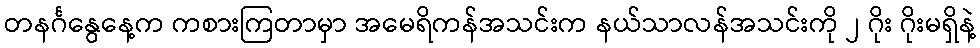
တနင်္ဂနွေနေ့က ကစားကြတာမှာ အမေရိကန်အသင်းက နယ်သာလန်အသင်းကို ၂ ဂိုး ဂိုးမရှိနဲ့